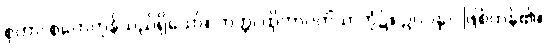
စုတာ၊ စုတေကုန်သည်ရှိသော်။ တတ္ထ၊ ထိုတာဝတိံသာဘုံ၌။ ဥပပန္နာ၊ ဖြစ်ကုန်၏။